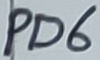
Text: PD6